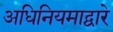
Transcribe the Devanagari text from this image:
अधिनियमाद्वारे